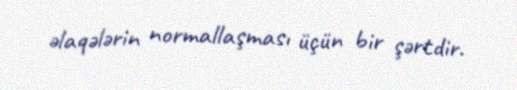
əlaqələrin normallaşması üçün bir şərtdir.